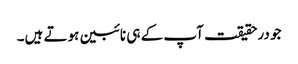
جو درحقیقت آپ کے ہی نائبین ہوتے ہیں۔